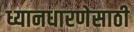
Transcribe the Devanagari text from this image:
ध्यानधारणेसाठी